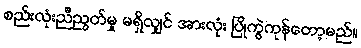
စည်းလုံးညီညွတ်မှု မရှိလျှင် အားလုံး ပြိုကွဲကုန်တော့မည်။